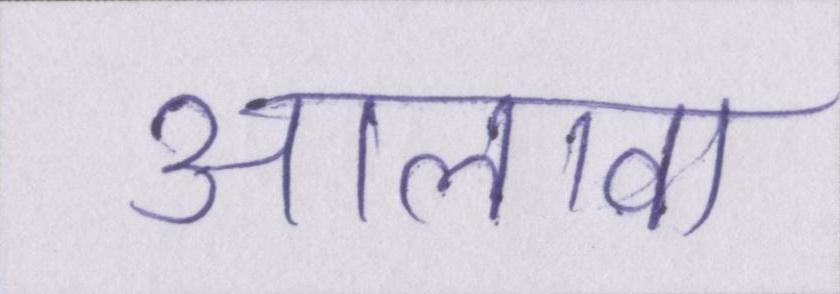
आलावा